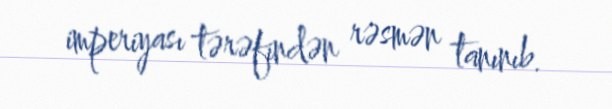
imperiyası tərəfindən rəsmən tanınıb.